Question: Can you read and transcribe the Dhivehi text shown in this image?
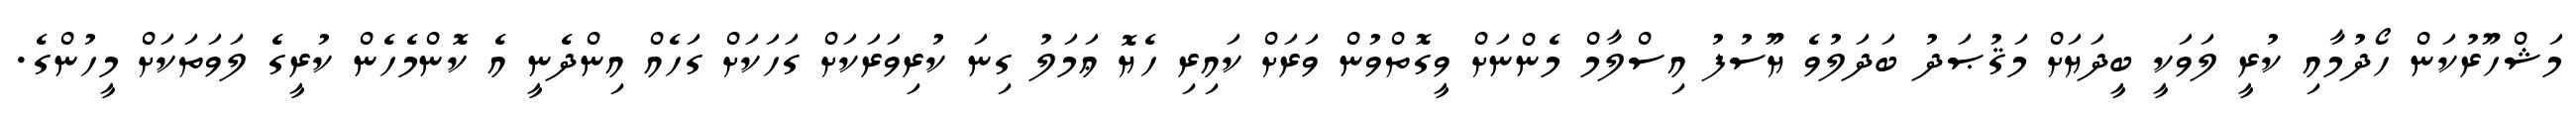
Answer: މަޝްހޫރުކަން ހޯދުމާއި ކުރީ ލަވަކީ ބީދަޔަށް މަޤުޞަދު ބަދަލުވެ ޔޫސުފު އިސްލާމް މެންނަށް ވީގޮތްވުން ވަރަށް ކައިރި ހެޔޮ ޢަމަލު ގިނަ ކުރިވަރަކަށް ގަހަކަށް ގަހެއް އިންދެނީ އެ ކޮންމެހެން ކުރީގެ ލަވަތަކަށް މީހުންގެ.